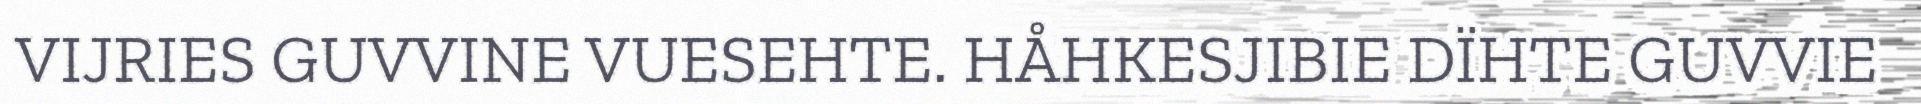
VIJRIES GUVVINE VUESEHTE. HÅHKESJIBIE DÏHTE GUVVIE